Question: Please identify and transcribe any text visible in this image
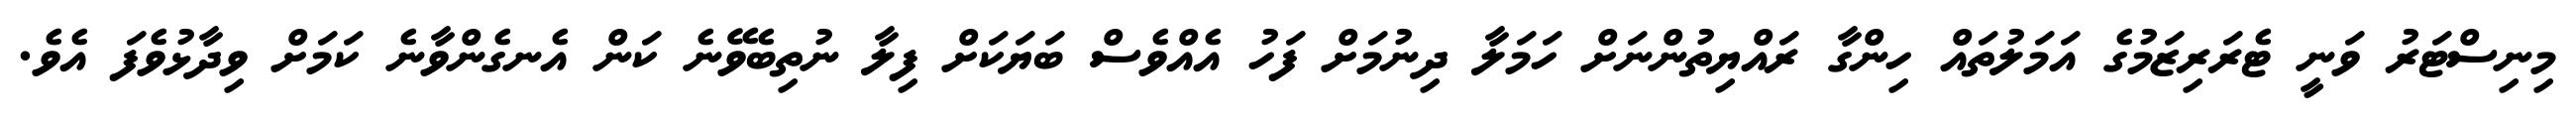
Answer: މިނިސްޓަރު ވަނީ ޓެރަރިޒަމުގެ އަމަލުތައް ހިންގާ ރައްޔިތުންނަށް ހަމަލާ ދިނުމަށް ފަހު އެއްވެސް ބަޔަކަށް ފިލާ ނުތިބެވޭނެ ކަން އެނގެންވާނެ ކަމަށް ވިދާޅުވެފަ އެވެ.